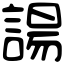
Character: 諹